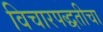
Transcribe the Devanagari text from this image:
विचारपद्धतीचा